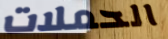
الحملات